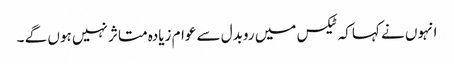
انہوں نے کہاکہ ٹیکس میں روبدل سے عوام زیادہ متاثر نہیں ہوں گے ۔